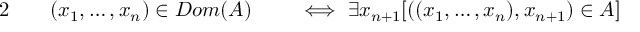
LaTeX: \begin{array} { r l r l } { { 2 } \quad } & { { } ( x _ { 1 } , \ldots , x _ { n } ) \in D o m ( A ) } & { } & { { } \iff \exists x _ { n + 1 } [ ( ( x _ { 1 } , \ldots , x _ { n } ) , x _ { n + 1 } ) \in A ] } \end{array}